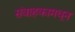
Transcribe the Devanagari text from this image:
संवाहकामधून